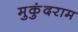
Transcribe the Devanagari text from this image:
मुकुंदराम